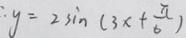
y = 2 \sin ( 3 x + \frac { \pi } { 6 } )